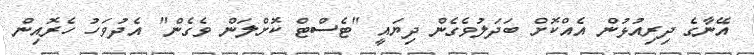
އޭނާގެ ދިރިއުޅުން އެއްކޮށް ބަދަލުވެގެން ދިޔައީ "ޓެސްޓް ކޮށްލަން ވެގެން" އެދުވަހު ހެރޮއިން